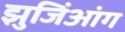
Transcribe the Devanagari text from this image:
झुजिंआंग